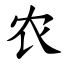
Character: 农